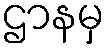
ဌာနမှ